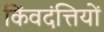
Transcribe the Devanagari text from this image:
किंवदंत्तियों